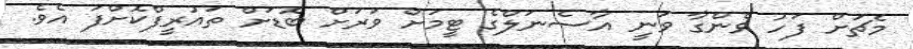
މެޗަށް ފަހު ވެންގާ ވަނީ އާސެނަލްގެ ޓީމަށް ވަރަށް ބޮޑަށް ތައުރީފްކޮށްފަ އެވެ.